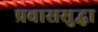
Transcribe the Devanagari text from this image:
प्रवाससुद्धा